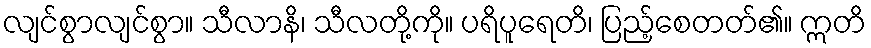
လျင်စွာလျင်စွာ။ သီလာနိ၊ သီလတို့ကို။ ပရိပူရေတိ၊ ပြည့်စေတတ်၏။ ဣတိ